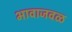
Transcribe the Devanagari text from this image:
भावाजवळ